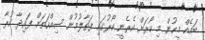
ބައެއް މީހުން މި ކޯރަށް އެރެނީ ކޯރުގައި ފަތާލުމުން ސިއްހަތަށް ފައިދާ ކުރާ